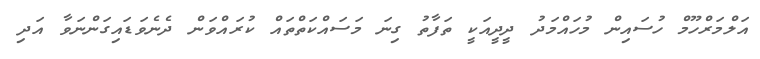
އަލްމަރްހޫމް ހުސައިން މުހައްމަދު ދީދީއަކީ ތަފާތު ގިނަ މަސައްކަތްތައް ކުރައްވަން ދެނެވަޑައިގަންނަވާ އަދި